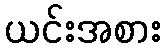
ယင်းအစား